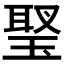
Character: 𤧬